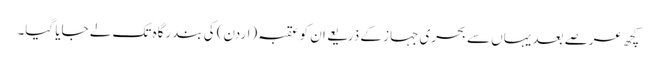
کچھ عرصے بعد یہاں سے بحری جہاز کے ذریعے ان کو عقبہ (اردن) کی بندرگاہ تک لے جایا گیا۔